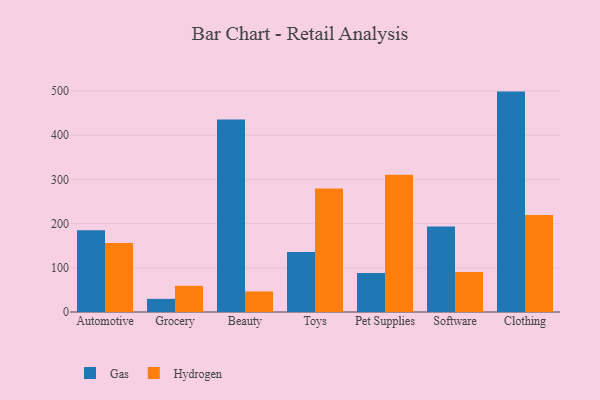
{"axis": {"x": "Category", "y": "Demand Index"}, "legend": ["Gas", "Hydrogen"], "data": [{"x": "Automotive", "y": 185.2, "type": "Gas"}, {"x": "Automotive", "y": 156.0, "type": "Hydrogen"}, {"x": "Grocery", "y": 29.7, "type": "Gas"}, {"x": "Grocery", "y": 59.3, "type": "Hydrogen"}, {"x": "Beauty", "y": 435.4, "type": "Gas"}, {"x": "Beauty", "y": 46.6, "type": "Hydrogen"}, {"x": "Toys", "y": 135.6, "type": "Gas"}, {"x": "Toys", "y": 279.4, "type": "Hydrogen"}, {"x": "Pet Supplies", "y": 88.1, "type": "Gas"}, {"x": "Pet Supplies", "y": 310.6, "type": "Hydrogen"}, {"x": "Software", "y": 193.5, "type": "Gas"}, {"x": "Software", "y": 90.7, "type": "Hydrogen"}, {"x": "Clothing", "y": 498.7, "type": "Gas"}, {"x": "Clothing", "y": 219.6, "type": "Hydrogen"}]}